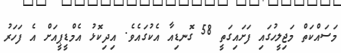
މަސައްކަތް މަޖިލީހުގައި ފަށައިގަތީ 58 ގޮނޑިއާ އެކުގައެވެ. އިދިކޮޅު އެމްޑީޕީއަށް އެ ފަހަރު